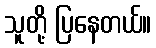
သူတို့ ပြနေတယ်။